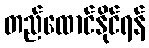
တည်ထောင်နိုင်ရန်